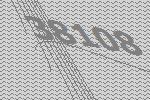
38108